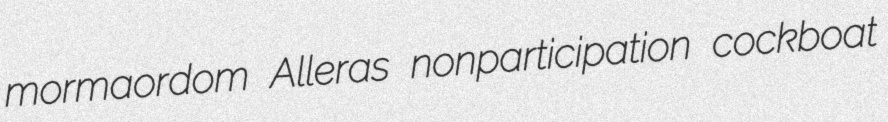
mormaordom Alleras nonparticipation cockboat